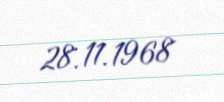
28.11.1968